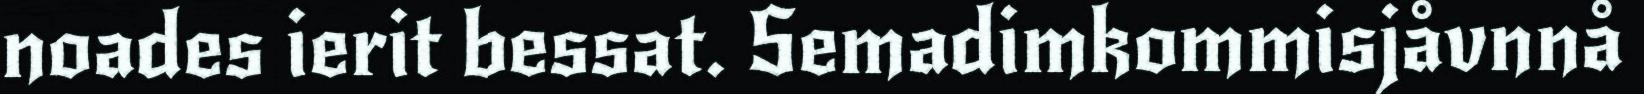
noades ierit bessat. Semadimkommisjåvnnå